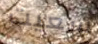
سعيت